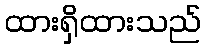
ထားရှိထားသည်